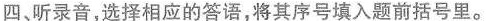
四、听录音,选择相应的答语,将其序号填入题前括号里.。